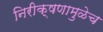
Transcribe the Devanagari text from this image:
निरीक्षणामुळेच